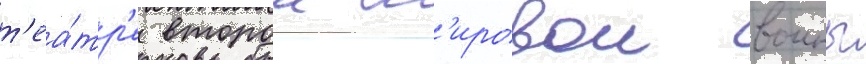
т'еа́тр'е второи м'ировои воины